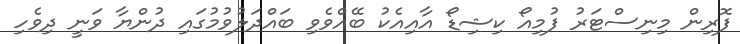
ފޮރިން މިނިސްޓަރު ފުމިއޯ ކިޝިޑޯ އާއިއެކު ބޭއްވެވި ބައްދަލުވުމުގައި ދުންޔާ ވަނީ ދިވެހި